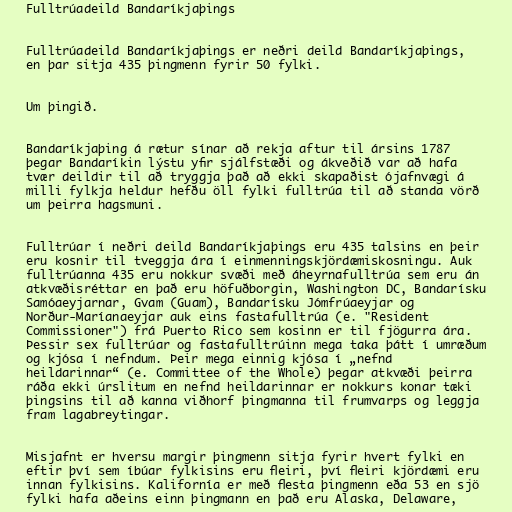
Fulltrúadeild Bandaríkjaþings

Fulltrúadeild Bandaríkjaþings er neðri deild Bandaríkjaþings,
en þar sitja 435 þingmenn fyrir 50 fylki.

Um þingið.

Bandaríkjaþing á rætur sínar að rekja aftur til ársins 1787
þegar Bandaríkin lýstu yfir sjálfstæði og ákveðið var að hafa
tvær deildir til að tryggja það að ekki skapaðist ójafnvægi á
milli fylkja heldur hefðu öll fylki fulltrúa til að standa vörð
um þeirra hagsmuni.

Fulltrúar í neðri deild Bandaríkjaþings eru 435 talsins en þeir
eru kosnir til tveggja ára í einmenningskjördæmiskosningu. Auk
fulltrúanna 435 eru nokkur svæði með áheyrnafulltrúa sem eru án
atkvæðisréttar en það eru höfuðborgin, Washington DC, Bandarísku
Samóaeyjarnar, Gvam (Guam), Bandarísku Jómfrúaeyjar og
Norður-Maríanaeyjar auk eins fastafulltrúa (e. "Resident
Commissioner") frá Puerto Rico sem kosinn er til fjögurra ára.
Þessir sex fulltrúar og fastafulltrúinn mega taka þátt í umræðum
og kjósa í nefndum. Þeir mega einnig kjósa í „nefnd
heildarinnar“ (e. Committee of the Whole) þegar atkvæði þeirra
ráða ekki úrslitum en nefnd heildarinnar er nokkurs konar tæki
þingsins til að kanna viðhorf þingmanna til frumvarps og leggja
fram lagabreytingar.

Misjafnt er hversu margir þingmenn sitja fyrir hvert fylki en
eftir því sem íbúar fylkisins eru fleiri, því fleiri kjördæmi eru
innan fylkisins. Kalifornía er með flesta þingmenn eða 53 en sjö
fylki hafa aðeins einn þingmann en það eru Alaska, Delaware,